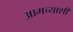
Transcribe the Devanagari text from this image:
आमच्याशी